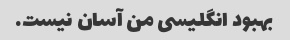
بهبود انگلیسی من آسان نیست.